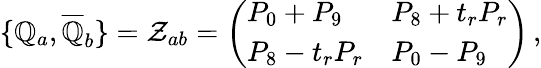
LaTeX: \{ {\cal{\mathbb{Q}}}_{a},{\overline{{{{\cal{\mathbb{Q}}}}}}}_{b}\} ={\cal{Z}}_{ab}=\left(\begin{array}{ll}{{P_{0}+P_{9}}}&{{P_{8}+t_{r}P_{r}}}\\ {{P_{8}-t_{r}P_{r}}}&{{P_{0}-P_{9}}}\end{array}\right)\, ,